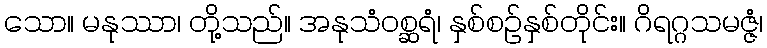
သော။ မနုဿာ၊ တို့သည်။ အနုသံဝစ္ဆရံ၊ နှစ်စဉ်နှစ်တိုင်း။ ဂိရဂ္ဂသမဇ္ဇံ၊